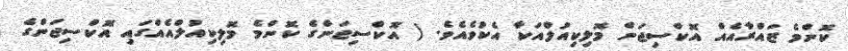
ކޮންމެ ޒައްރާއެއް އޮކްސިޖަން މޮލިކިއުލްއަކާ އެކުވެއެވެ. ( އޮކްސިޖަންގެ ކޮންމެ މޮލިކިއުލްއެއްގައި އޮކްސިޖަންގެ